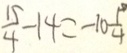
\frac { 1 5 } { 4 } - 1 4 = - 1 0 \frac { 1 } { 4 }